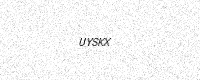
Text: UYSKX